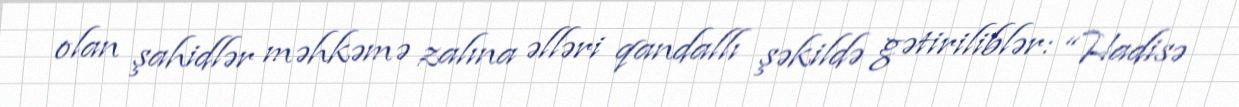
olan şahidlər məhkəmə zalına əlləri qandallı şəkildə gətiriliblər: “Hadisə